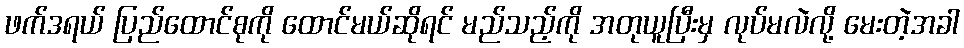
ဖက်ဒရယ် ပြည်ထောင်စုကို ထောင်မယ်ဆိုရင် မည်သည့်ကို အတုယူပြီးမှ လုပ်မလဲလို့ မေးတဲ့အခါ